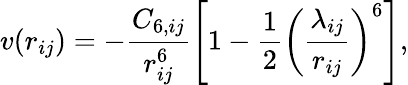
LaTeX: v(r_{ij})=-\frac{C_{6,ij}}{r_{ij}^{6}}\left[1-\frac{1}{2}\left(\frac{\lambda_{ij}}{r_{ij}}\right)^{6}\right],